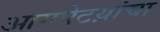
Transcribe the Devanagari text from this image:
आगपेटय़ांचा